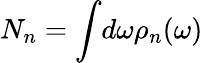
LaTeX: N_{n}=\int\! d\omega\rho_{n}(\omega)